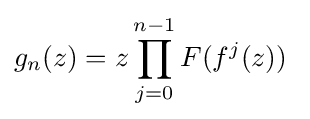
g_{n}(z)=z\prod _{j=0}^{n-1}F(f^{j}(z))~